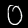
Digit: 0